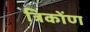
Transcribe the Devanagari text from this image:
त्रिकोंण